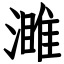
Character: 濉